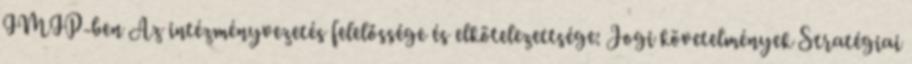
IMIP-ben Az intézményvezetés felelőssége és elkötelezettsége: Jogi követelmények Stratégiai